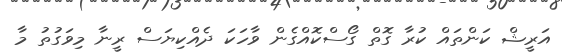
އަރީޝް ކަންތައް ކުރާ ގޮތް ގޯސްކޮއްގެން ވާހަކަ ދެއްކިޔަސް ރީނާ މިވަގުތު މާ